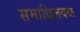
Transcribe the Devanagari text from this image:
समाधिजवळ